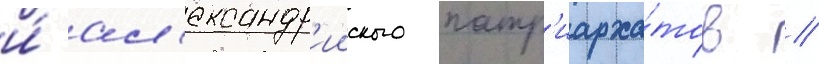
и́ ал'ександр'ииского патр'иарха́тов //